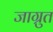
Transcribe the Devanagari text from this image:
जाग्रुत